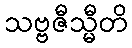
သဗ္ဗဇီသ္မီတိ